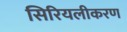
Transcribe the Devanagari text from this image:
सिरियलीकरण